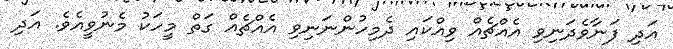
އަދި ފަނާވެދަނިވި އެއްޗެއް ވިއްކައި ދެމިހުންނަނިވި އެއްޗެއް ގަތް މީހަކު މެނުވީއެވެ. އަދި